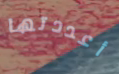
أعددتها